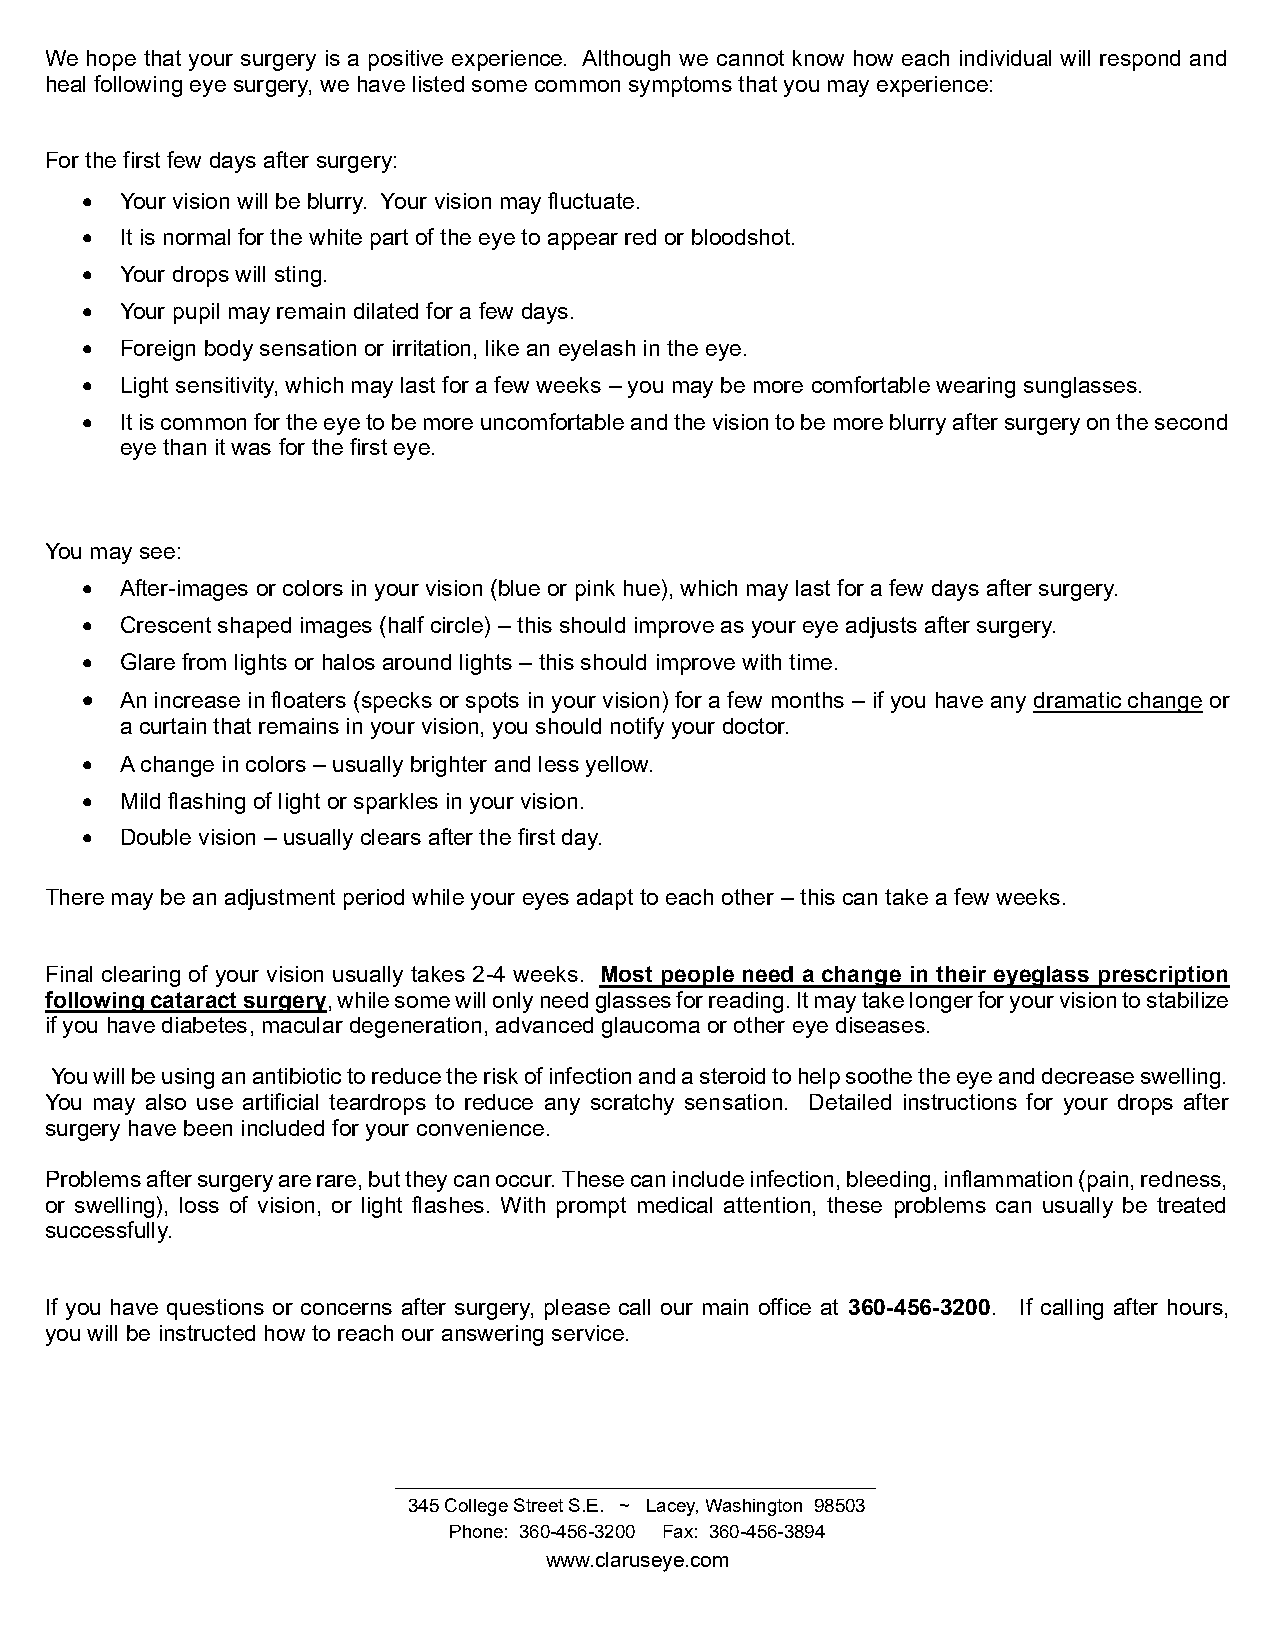
We hope that your surgery is a positive experience. Although we cannot know how each individual will respond and
 heal following eye surgery, we have listed some common symptoms that you may experience:
 For the first few days after surgery:
 •  Your vision will be blurry. Your vision may fluctuate.
 •  It is normal for the white part of the eye to appear red or bloodshot.
 •  Your drops will sting.
 •  Your pupil may remain dilated for a few days.
 •  Foreign body sensation or irritation, like an eyelash in the eye.
 •  Light sensitivity, which may last for a few weeks – you may be more comfortable wearing sunglasses.
 •  It is common for the eye to be more uncomfortable and the vision to be more blurry after surgery on the second
 eye than it was for the first eye.
 You may see:
 •  After-images or colors in your vision (blue or pink hue), which may last for a few days after surgery.
 •  Crescent shaped images (half circle) – this should improve as your eye adjusts after surgery.
 •  Glare from lights or halos around lights – this should improve with time.
 •  An increase in floaters (specks or spots in your vision) for a few months – if you have any dramatic change or
 a curtain that remains in your vision, you should notify your doctor.
 •  A change in colors – usually brighter and less yellow.
 •  Mild flashing of light or sparkles in your vision.
 •  Double vision – usually clears after the first day.
 There may be an adjustment period while your eyes adapt to each other – this can take a few weeks.
 Final clearing of your vision usually takes 2-4 weeks. Most people need a change in their eyeglass prescription
 following cataract surgery, while some will only need glasses for reading. It may take longer for your vision to stabilize
 if you have diabetes, macular degeneration, advanced glaucoma or other eye diseases.
 You will be using an antibiotic to reduce the risk of infection and a steroid to help soothe the eye and decrease swelling.
 You may also use artificial teardrops to reduce any scratchy sensation. Detailed instructions for your drops after
 surgery have been included for your convenience.
 Problems after surgery are rare, but they can occur. These can include infection, bleeding, inflammation (pain, redness,
 or swelling), loss of vision, or light flashes. With prompt medical attention, these problems can usually be treated
 successfully.
 If you have questions or concerns after surgery, please call our main office at 360-456-3200. If calling after hours,
 you will be instructed how to reach our answering service.
 345 College Street S.E. ~ Lacey, Washington 98503
 Phone: 360-456-3200 Fax: 360-456-3894
 www.claruseye.com